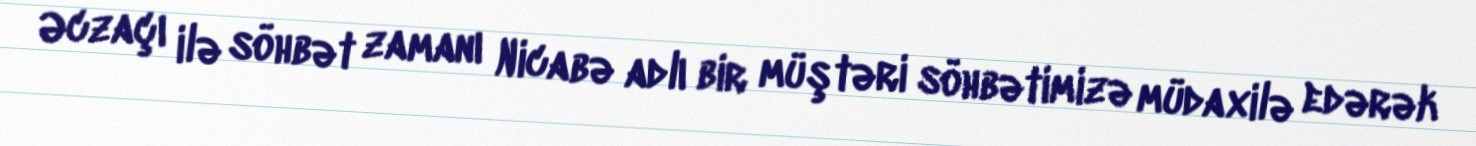
Əczaçı ilə söhbət zamanı Nicabə adlı bir müştəri söhbətimizə müdaxilə edərək